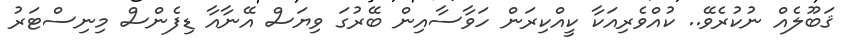
ޤަބޫލެއް ނުކުރެވޭ.. ކުއްވެރިއަކާ ކީއްކިރަން ހަވާސާއިން ބޭރުގަ ވިޔަސް އޭނާއާ ޑިފެންސް މިނިސްޓަރު